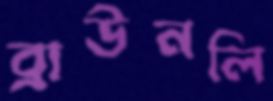
ব্রাউনলি